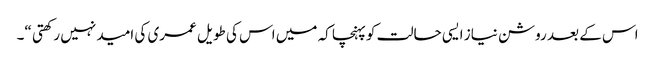
اس کے بعد روشن نیاز ایسی حالت کو پہنچا کہ میں اس کی طویل عمری کی امید نہیں رکھتی “۔